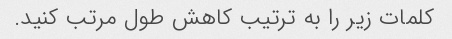
کلمات زیر را به ترتیب کاهش طول مرتب کنید.